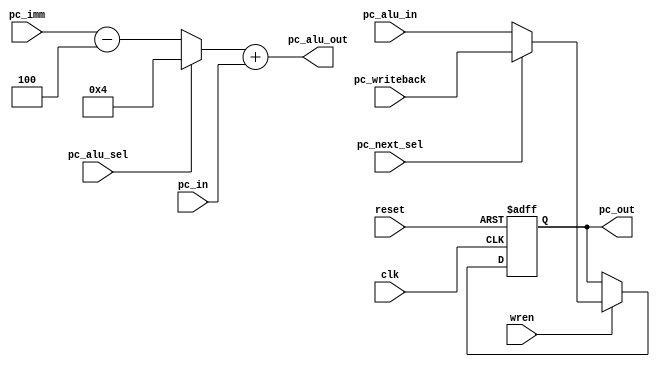
module programCounter(
	input 				reset,
	input					clk,
	input					wren,
	input					pc_alu_sel,
	input					pc_next_sel,
	input		[31:0]	pc_imm,
	input		[31:0]	pc_alu_in,
	input		[31:0]	pc_in,
	input		[31:0]	pc_writeback,
	output 	[31:0]	pc_alu_out,
	output	[31:0]	pc_out
);

	// 1 is add 4 to program count
	// 0 is add immediate to program counter
	wire [31:0] pc_inc = pc_alu_sel ? 32'd4 : pc_imm-32'd4;
	
	// 1 is add alu to program counter
	// 0 is add program counter alu to program counter
	wire [31:0] pc_to_reg = pc_next_sel ? pc_writeback : pc_alu_in;
	
	assign pc_alu_out = pc_inc + pc_in;

	reg [31:0] pc;
	
	assign pc_out = pc;
	
	always @(posedge clk or posedge reset) begin
		if (reset) begin
			pc <= 32'b0;
			end
		else if (wren) begin
			pc <= pc_to_reg;
		end
	end

endmodule